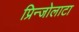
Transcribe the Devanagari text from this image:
प्रिन्जोलाटा